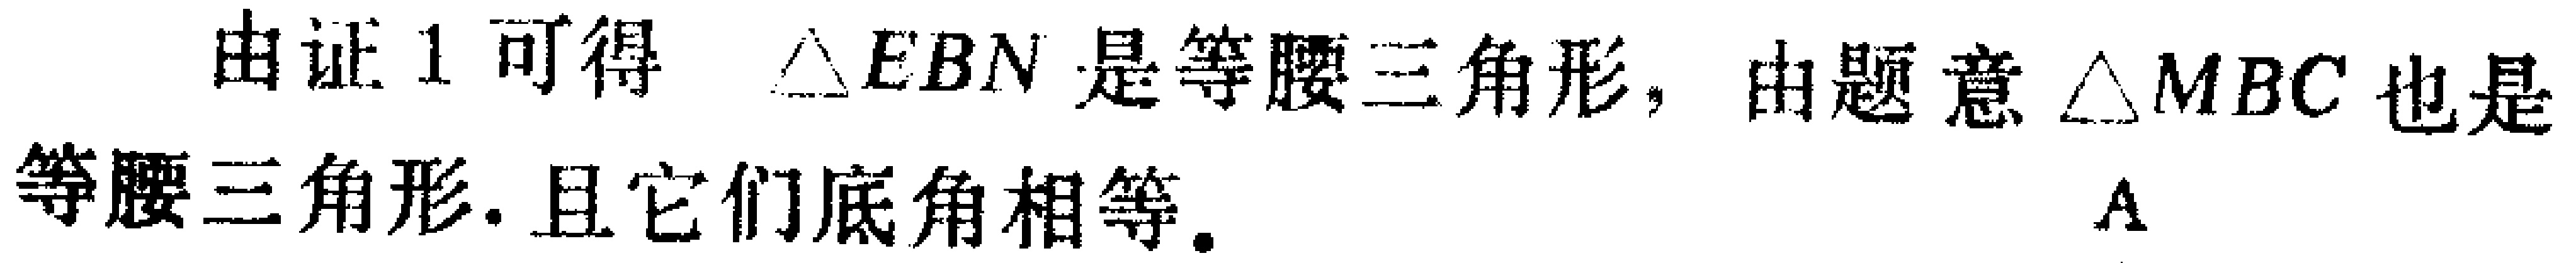
由证1可得 $\triangle EBN$ 是等腰三角形，由题意 $\triangle MBC$ 也是等腰三角形. 且它们底角相等.  A